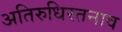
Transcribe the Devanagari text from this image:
अतिरुधिरतनाव